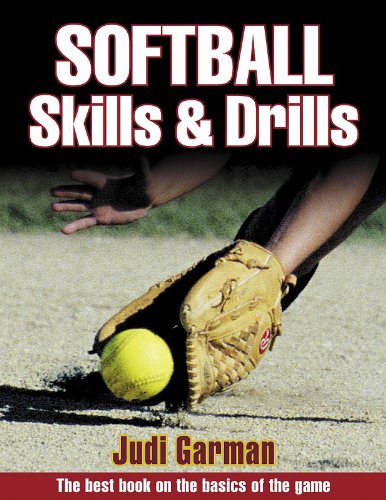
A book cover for Softball Skills & Drills; Judi Garman; Sports & Outdoors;